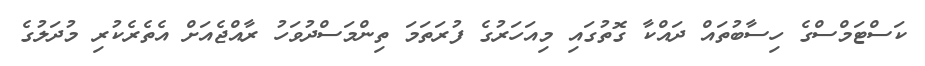
ކަސްޓަމްސްގެ ހިސާބުތައް ދައްކާ ގޮތުގައި މިއަހަރުގެ ފުރަތަމަ ތިންމަސްދުވަހު ރާއްޖެއަށް އެތެރެކުރި މުދަލުގެ